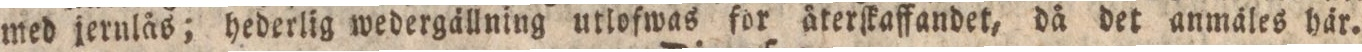
med jernlås; hederlig wedergällning utlofwas för återſkaffandet, då det anmäles här.